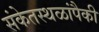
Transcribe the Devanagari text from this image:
संकेतस्थळांपैकी